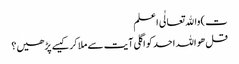
ت) واﷲ تعالٰی اعلم
قل ھو اللہ احد کو اگلی آیت سے ملا کر کیسے پڑھیں؟